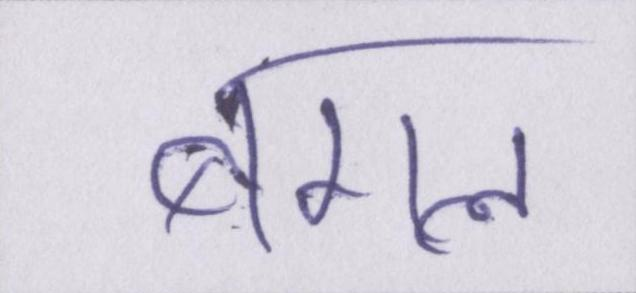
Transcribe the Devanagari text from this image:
बगल